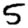
Digit: 5